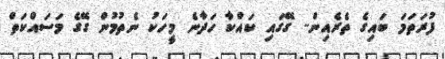
ފުރަތަމަ ބައިގެ ތެރެއިން.. ގޭގައި ކައްކާ ހަދާނެ މީހަކު ނެތުމުން ގޭގެ މަސައްކަތް